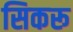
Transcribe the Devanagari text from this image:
सिकरू